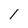
Character: l